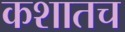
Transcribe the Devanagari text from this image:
कशातच